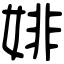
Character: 婔